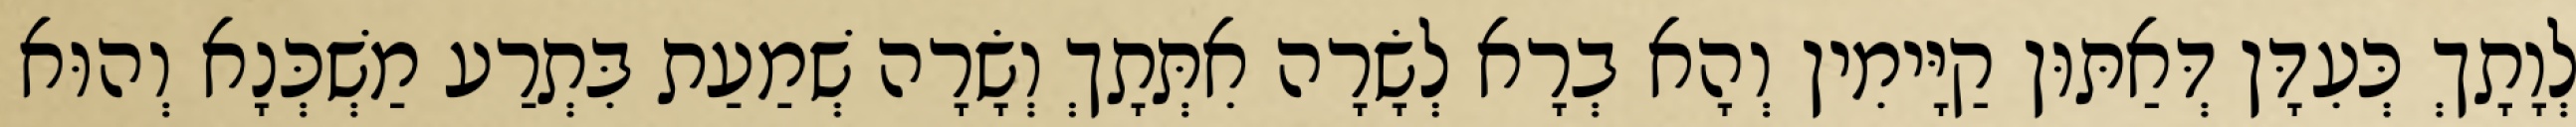
לְוָתָךְ כְּעִדָּן דְּאַתּוּן קַיָּימִין וְהָא בְרָא לְשָׂרָה אִתְּתָךְ וְשָׂרָה שְׁמַעַת בִּתְרַע מַשְׁכְּנָא וְהוּא